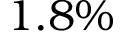
1 . 8 \%